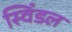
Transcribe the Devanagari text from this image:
स्विंडल